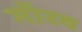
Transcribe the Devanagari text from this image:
गॉरव